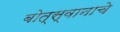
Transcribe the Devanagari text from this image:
बोत्स्वानाचे